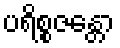
ပရိစ္စဇန္တော